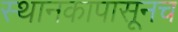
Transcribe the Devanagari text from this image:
स्थानकापासूनच